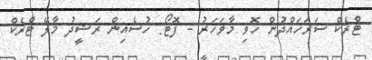
ޓްރެކް ސަރަހައްދުން ހޮވި މާވަހަރު - ފޮޓޯ: ހުސެއިން ރަޝީދު މާލޭ ޓްރެކް